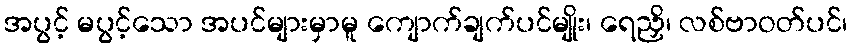
အပွင့် မပွင့်သော အပင်များမှာမူ ကျောက်ချက်ပင်မျိုး၊ ရေညှိ၊ လစ်ဗာဝတ်ပင်၊